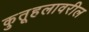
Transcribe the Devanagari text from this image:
कुतूहलावरील